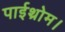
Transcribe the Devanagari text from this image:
पाईथ्रोम।